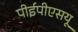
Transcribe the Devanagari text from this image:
पीईपीएसयू